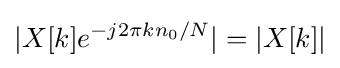
|X[k]e^{-j2\pi kn_{0}/N}|=|X[k]|